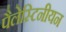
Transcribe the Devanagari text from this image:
पैलेस्टिनीयन